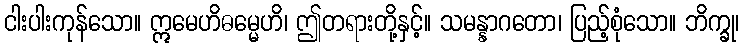
ငါးပါးကုန်သော။ ဣမေဟိဓမ္မေဟိ၊ ဤတရားတို့နှင့်။ သမန္နာဂတော၊ ပြည့်စုံသော။ ဘိက္ခု၊